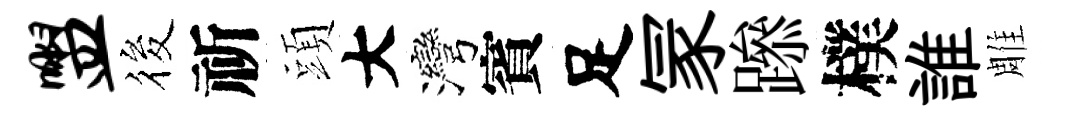
盥筱祈頭大灣賓足冡𨅶樸誰雕